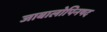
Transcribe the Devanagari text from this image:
जाबालोपिनषद